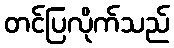
တင်ပြလိုက်သည်